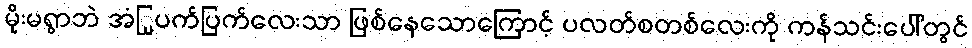
မိုးမရွာဘဲ အံြု့ပက်ပြက်လေးသာ ဖြစ်နေသောကြောင့် ပလတ်စတစ်လေးကို ကန်သင်းပေါ်တွင်